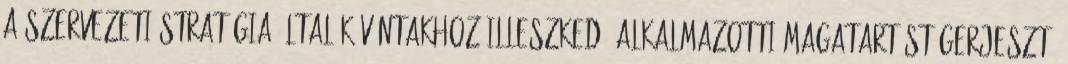
a szervezeti stratégia által kívántakhoz illeszkedő alkalmazotti magatartást gerjeszt,